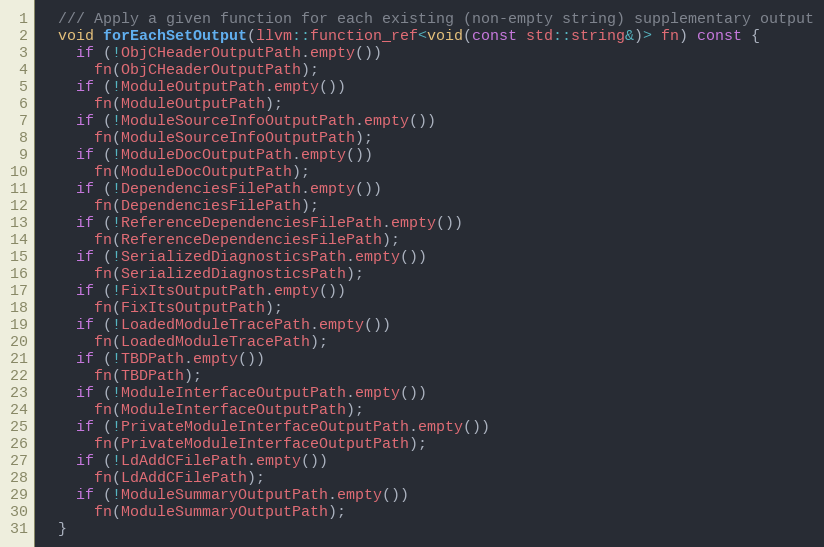
Language: C
  /// Apply a given function for each existing (non-empty string) supplementary output
  void forEachSetOutput(llvm::function_ref<void(const std::string&)> fn) const {
    if (!ObjCHeaderOutputPath.empty())
      fn(ObjCHeaderOutputPath);
    if (!ModuleOutputPath.empty())
      fn(ModuleOutputPath);
    if (!ModuleSourceInfoOutputPath.empty())
      fn(ModuleSourceInfoOutputPath);
    if (!ModuleDocOutputPath.empty())
      fn(ModuleDocOutputPath);
    if (!DependenciesFilePath.empty())
      fn(DependenciesFilePath);
    if (!ReferenceDependenciesFilePath.empty())
      fn(ReferenceDependenciesFilePath);
    if (!SerializedDiagnosticsPath.empty())
      fn(SerializedDiagnosticsPath);
    if (!FixItsOutputPath.empty())
      fn(FixItsOutputPath);
    if (!LoadedModuleTracePath.empty())
      fn(LoadedModuleTracePath);
    if (!TBDPath.empty())
      fn(TBDPath);
    if (!ModuleInterfaceOutputPath.empty())
      fn(ModuleInterfaceOutputPath);
    if (!PrivateModuleInterfaceOutputPath.empty())
      fn(PrivateModuleInterfaceOutputPath);
    if (!LdAddCFilePath.empty())
      fn(LdAddCFilePath);
    if (!ModuleSummaryOutputPath.empty())
      fn(ModuleSummaryOutputPath);
  }